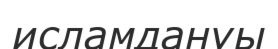
исламдануы